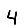
Digit: 4